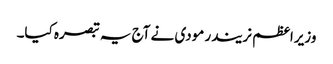
وزیراعظم نریندر مودی نے آج یہ تبصرہ کیا۔